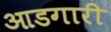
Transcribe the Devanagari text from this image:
आडगारी